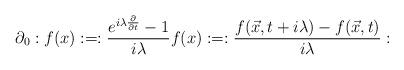
LaTeX: \begin{align*}\partial_{0}:f(x):=:\frac{e^{i\lambda {\partial \over \partial t}}-1}{i\lambda }f(x):=:\frac{f(\vec{x},t+i\lambda )-f(\vec{x},t)}{i\lambda }:\end{align*}